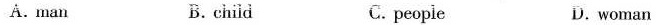
A. man B. chid C. people D.woman